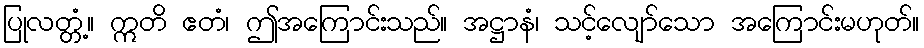
ပြုလတ္တံ့။ ဣတိ ဧတံ၊ ဤအကြောင်းသည်။ အဋ္ဌာနံ၊ သင့်လျော်သော အကြောင်းမဟုတ်။